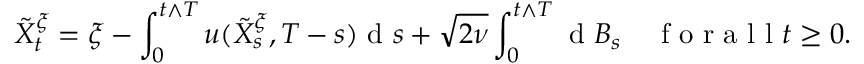
\tilde { X } _ { t } ^ { \xi } = \xi - \int _ { 0 } ^ { t \wedge T } u ( \tilde { X } _ { s } ^ { \xi } , T - s ) \textrm { d } s + \sqrt { 2 \nu } \int _ { 0 } ^ { t \wedge T } \textrm { d } B _ { s } \quad \textrm { f o r a l l } t \geq 0 .